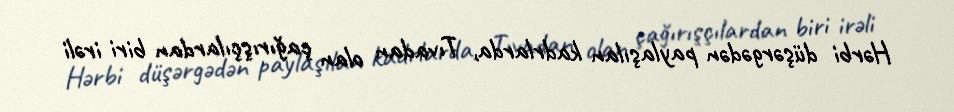
Hərbi düşərgədən paylaşılan kadrlarda, Tıvadan olan çağırışçılardan biri irəli